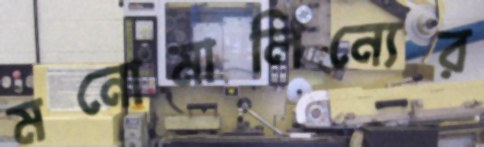
মনোমালিন্যের